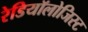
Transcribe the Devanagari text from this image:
रेडियॉलोजिस्ट